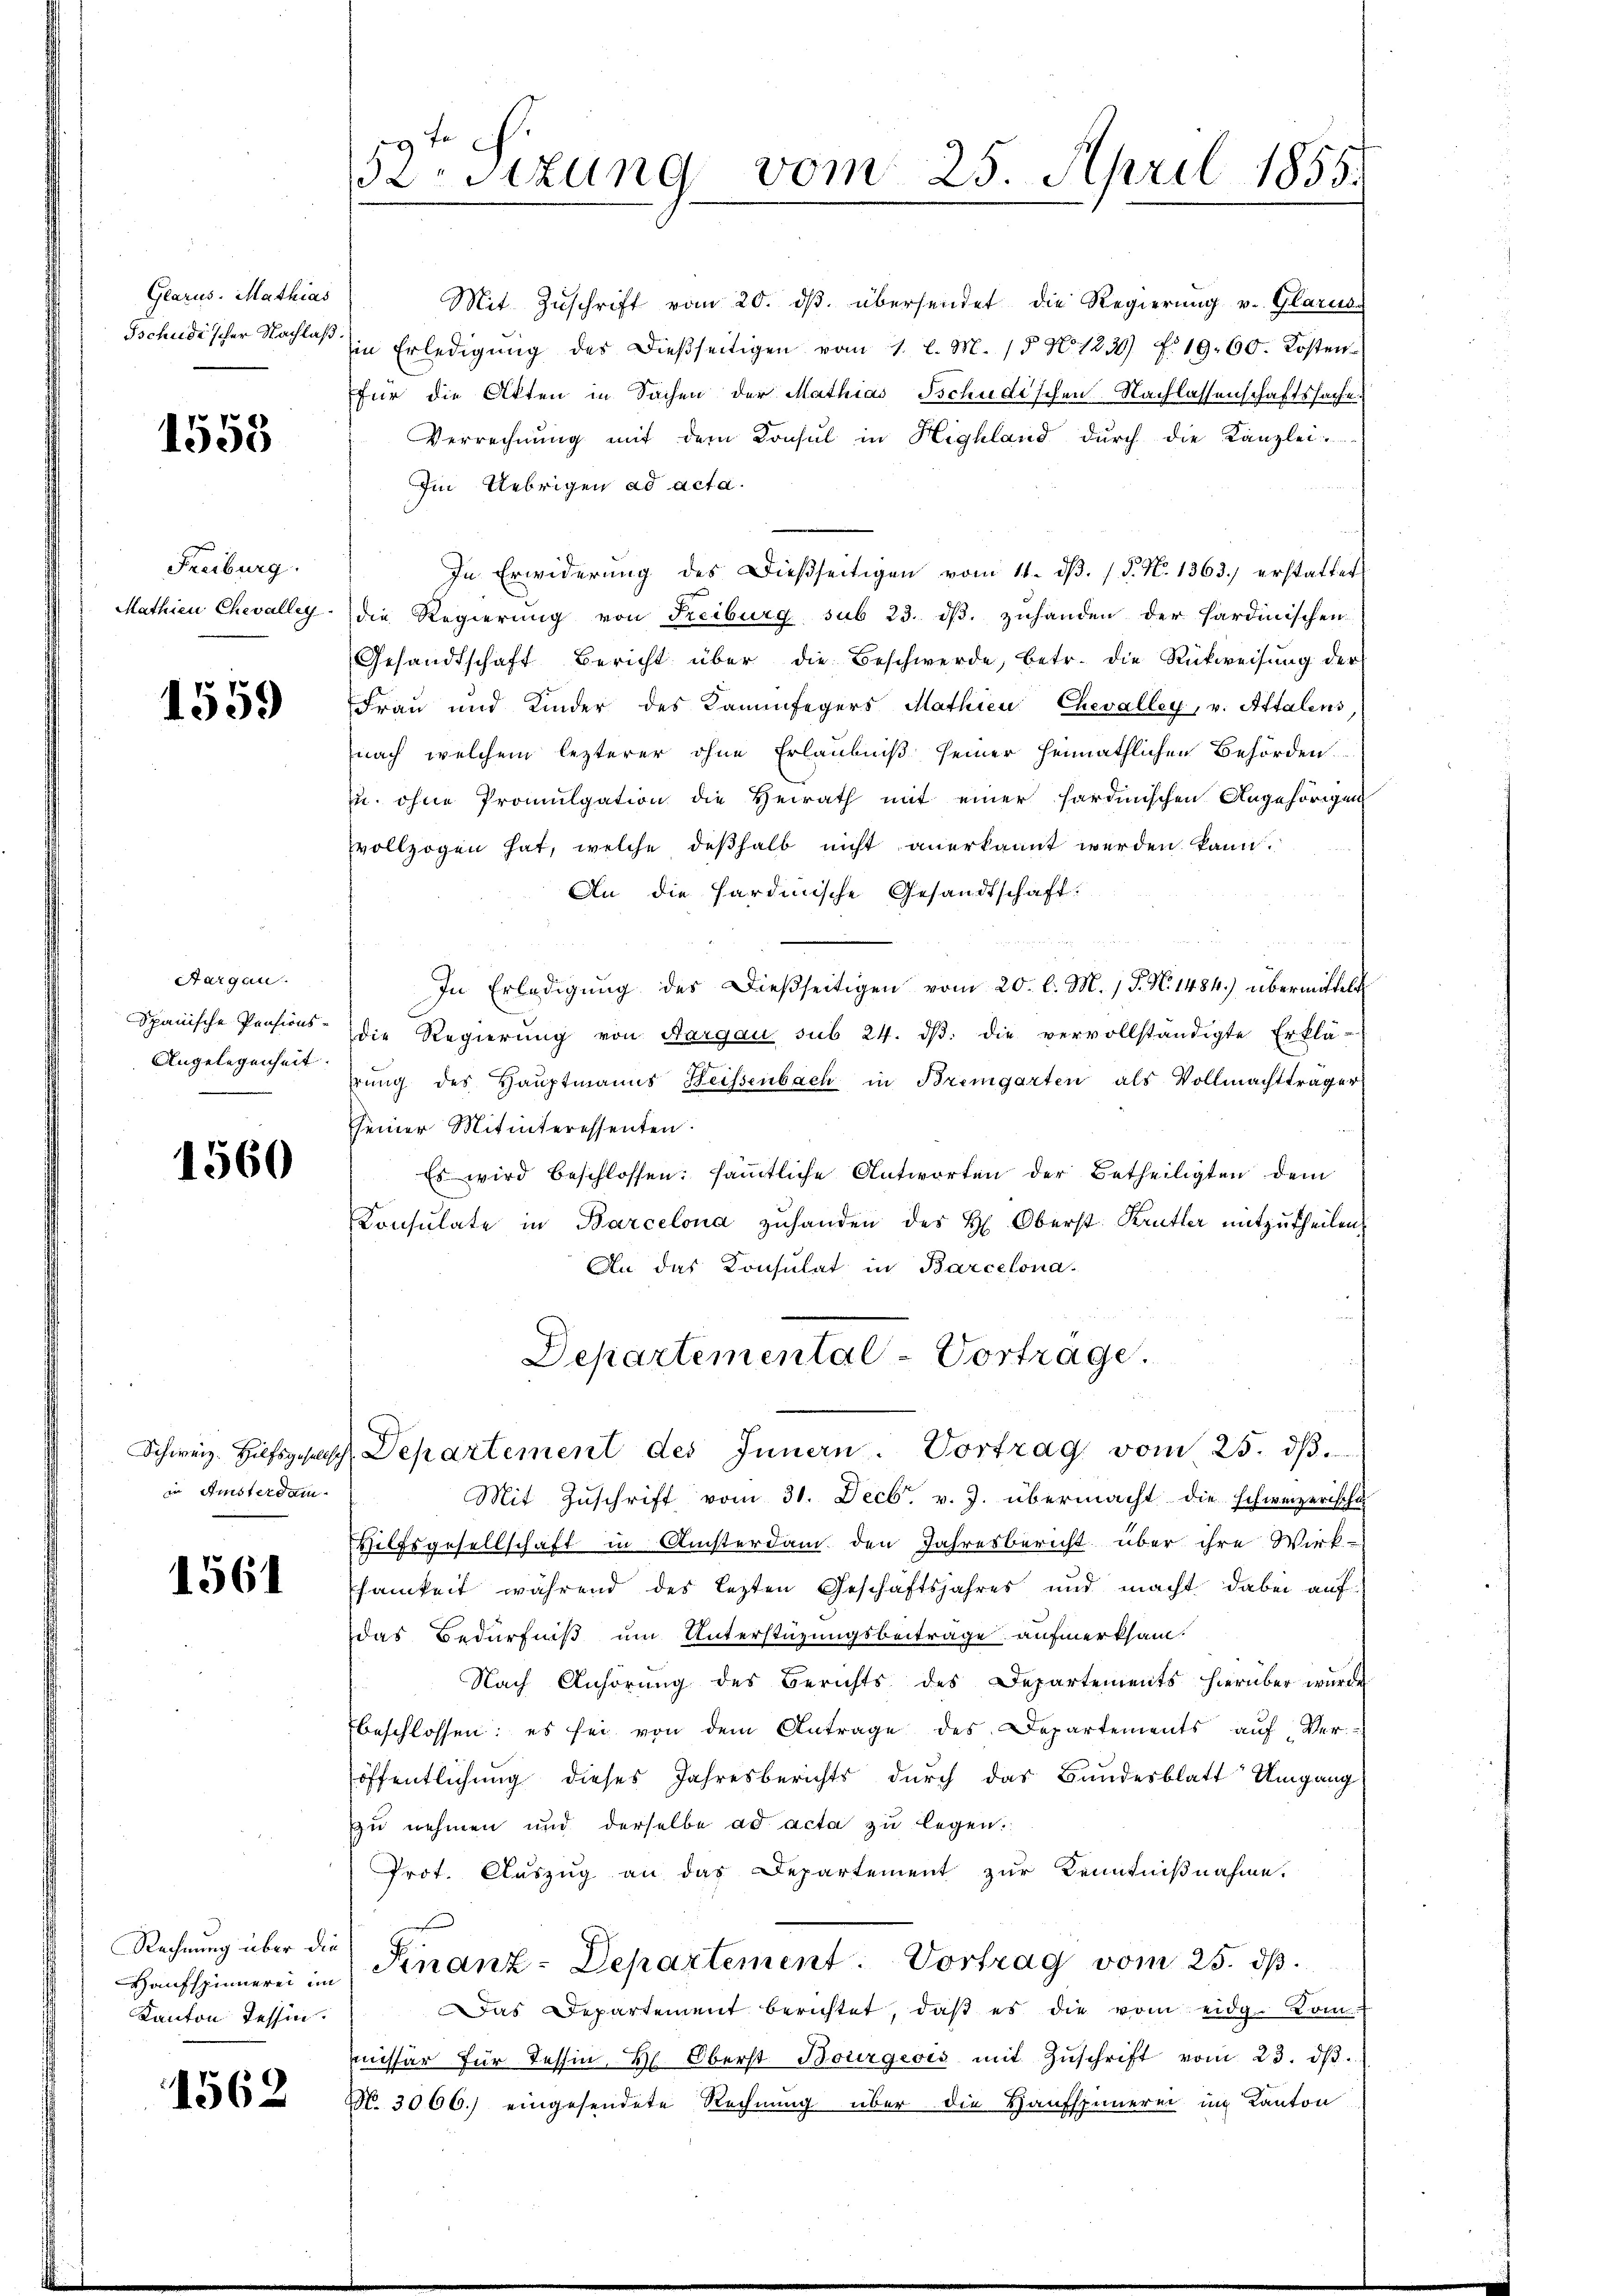
Glarus. Mathias
Tschudischer Nachlaß.

1558

Freiburg.
Mathien Chevalley

1559

Aargau.
Spanische Pensions-
Angelegenheit.

1560

in Amsterdam

1561

Rechnung über die
Haufspinnerei im
Kanton Tessin.

1562

52. Sitzung vom

Mit Zuschrift vom 20. dβ übersendet die Regierung v. Glarus
in Erledigŭng des dießseitigen vom 1. l. M. 15 No 1230) No 19. 60. Kosten
für die Akten in Sachen der Mathias Tschudischen Nachlassenschaftssache
Verrechnung mit dem Konsul in Highland durch die Kanzlei-
Im Uebrigen ad acta.
In Erwiderung des Dießseitigen vom 11. dβ. / 5. No. 1363. erstattet
die Regierung von Freiburg sub 23. dß. zuhanden der Sardinischen
Gesandtschaft Bericht über die Beschwerde, betr. die Rückweisŭng der
Frau und Kinder des Kammfegers Mathien Chevalley, v. Attalens
nach welchem lezterer ohne Erlaubniß seiner heimathlichen Behörden.
u. ohne Promulgation die Heirath mit einer sardinischen Angehörigen
vollzogen hat, welche deßhalb nicht anerkannt werden kann.
An die Hardinische Gesandtschaft:
In Erledigŭng des dießseitigen vom 20. l. M. / 5. No. 1484) übermittelt
die Regierŭng von Aargau sub 24. dβ. die vervollständigte Erklä-
rŭng des Haŭptmanns Weissenbach in Bremgarten als Vollmachtträger
seiner Mitinteressenten.
Es wird beschlossen: sämmtliche Antworten der Betheiligten dem
Consulate in Barcelona zuhanden des H. Oberst Krutter mitzutheilen,
An das Konsulat in Barcelona-
Departemental - Vortrage.

Schweiz. Hilfsgesuch Departement des Innern. Vortrag vom 25. dβ.

Mit Zuschrift vom 31. Decbr. v. J. übermacht die schweizerische
Hilfsgesellschaft in Ansterdam den Jahresbericht über ihre Wirk-
samkeit während des lezten Geschäftsjahres und macht dabei aufdas Bedürfniß um Unterstüzungsbeiträge aufmerksam-
Nach Anhörung des Berichts des Departements hierüber wurde
beschlossen: es sei von dem Antrage des Departements aŭf Ver-
öffentlichung dieses Jahresberichts durch das Bundesblatt Umgang
zu nehmen und derselbe ad acta zu legen:
Prot. Auszug an das Departement zur Kenntnißnahme.
Finanz-Departement. Vortrag vom 25. dß.
as Departement berichtet, daß es die vom eidg. Kommissär für Tessin, H. Oberst Bourgeois mit Zŭschrift vom 23. dβ.
No. 3066.) eingesendete Rechnung über die Haufspeinerei in Kanton

25. April 1855.